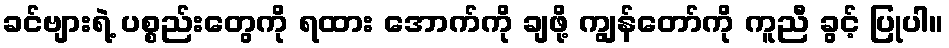
ခင်ဗျားရဲ့ ပစ္စည်းတွေကို ရထား အောက်ကို ချဖို့ ကျွန်တော်ကို ကူညီ ခွင့် ပြုပါ။